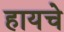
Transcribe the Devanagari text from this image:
हायचे